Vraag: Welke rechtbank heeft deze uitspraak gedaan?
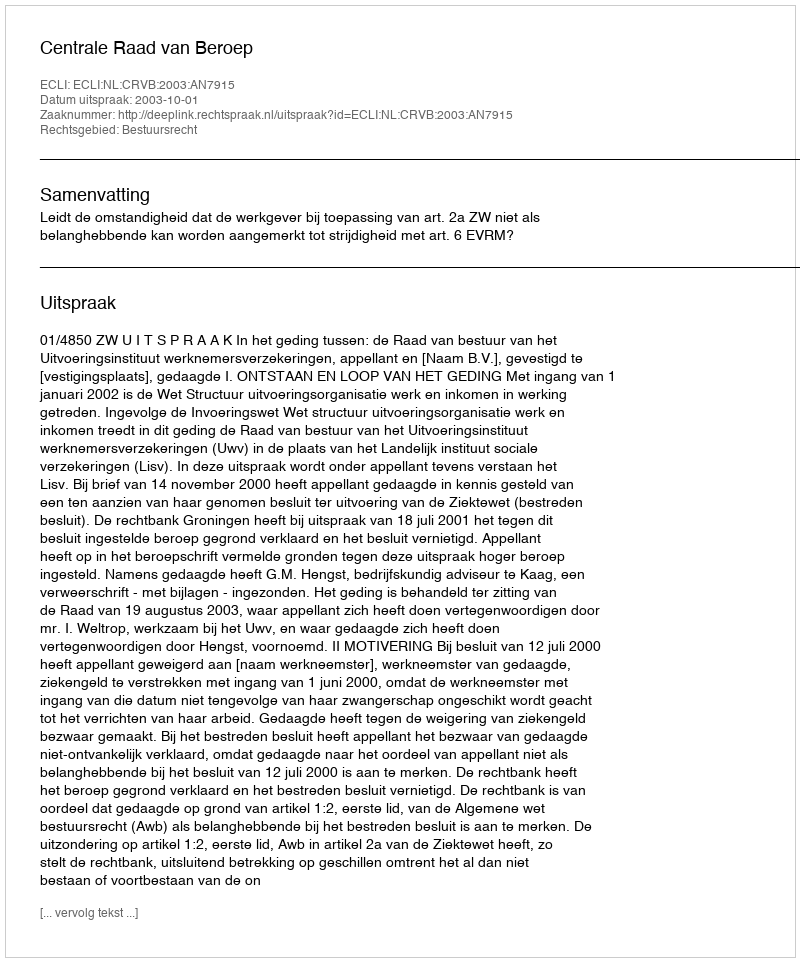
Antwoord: Centrale Raad van Beroep